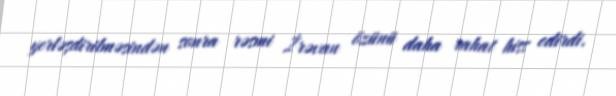
yerləşdirilməsindən sonra rəsmi İrəvan özünü daha rahat hiss edirdi.